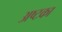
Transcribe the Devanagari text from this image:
अष्टका